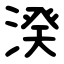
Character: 湀